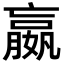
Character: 嬴